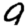
Digit: 9